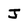
Character: J